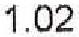
1.02